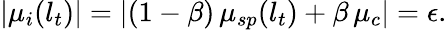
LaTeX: |\mu_{i}(l_{t})|=|(1-\beta)\, \mu_{sp}(l_{t})+\beta\, \mu_{c}|=\epsilon.